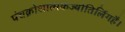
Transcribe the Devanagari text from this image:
पंचक्रोशात्मकज्योतिर्लिगहै।